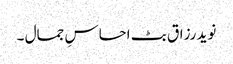
نوید رزاق بٹ احساسِ جمال ۔